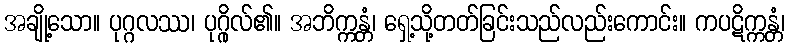
အချို့သော။ ပုဂ္ဂလဿ၊ ပုဂ္ဂိုလ်၏။ အဘိက္ကန္တံ၊ ရှေ့သို့တတ်ခြင်းသည်လည်းကောင်း။ ကပဋိက္ကန္တံ၊